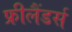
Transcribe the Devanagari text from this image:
फ्रीलैंडर्स